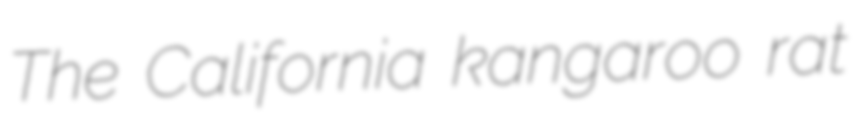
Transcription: The California kangaroo rat